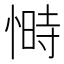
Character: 𭝿